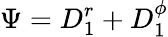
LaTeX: \Psi=D_{1}^{r}+D_{1}^{\phi}